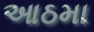
આઠમા